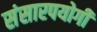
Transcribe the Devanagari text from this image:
संसारपयोगी